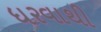
ધરવાથી